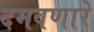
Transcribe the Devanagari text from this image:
दमवणारे